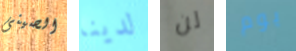
الصينى لدينا لن يوم